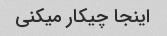
اینجا چیکار میکنی